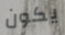
يكون